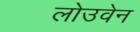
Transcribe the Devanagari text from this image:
लोउवेन